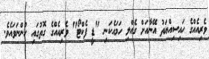
ވެރިއެއްގެ ހައިސިއްޔަތު އޭނާއަށް ގެއްލި ހަމައެކަނި "ޑީ ފެކްޓޯ" ވެރިއެއްގެ ގޮތުގައި ހުންނަވައެވެ.